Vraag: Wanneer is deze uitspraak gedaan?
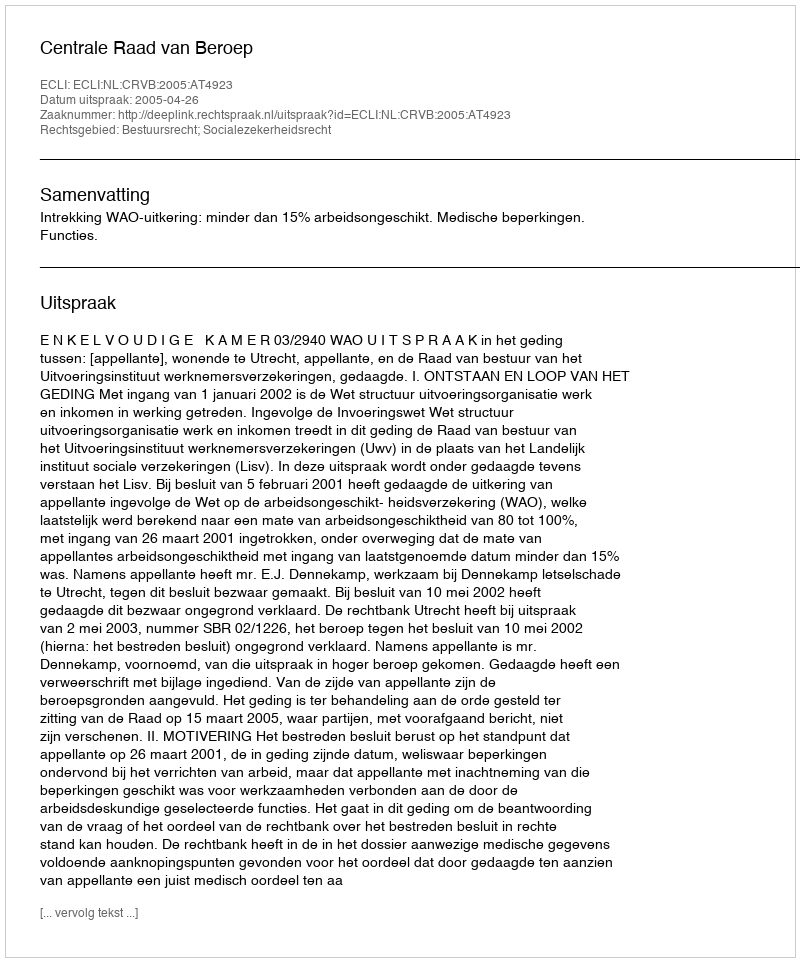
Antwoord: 2005-04-26